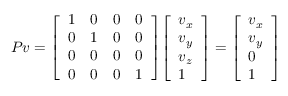
P v = { \left[ \begin{array} { l l l l } { 1 } & { 0 } & { 0 } & { 0 } \\ { 0 } & { 1 } & { 0 } & { 0 } \\ { 0 } & { 0 } & { 0 } & { 0 } \\ { 0 } & { 0 } & { 0 } & { 1 } \end{array} \right] } { \left[ \begin{array} { l } { v _ { x } } \\ { v _ { y } } \\ { v _ { z } } \\ { 1 } \end{array} \right] } = { \left[ \begin{array} { l } { v _ { x } } \\ { v _ { y } } \\ { 0 } \\ { 1 } \end{array} \right] }